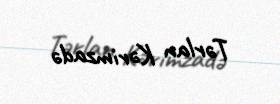
Tərlan Kərimzadə